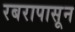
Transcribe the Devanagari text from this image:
रबरापासून